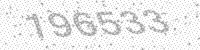
Solution: 196533